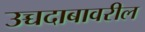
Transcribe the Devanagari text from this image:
उच्चदाबावरील